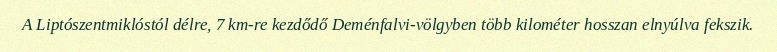
A Liptószentmiklóstól délre, 7 km-re kezdődő Deménfalvi-völgyben több kilométer hosszan elnyúlva fekszik.